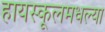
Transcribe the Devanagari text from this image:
हायस्कूलमधल्या